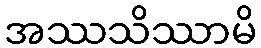
အဿသိဿာမိ